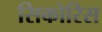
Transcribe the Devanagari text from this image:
सिकोरिस